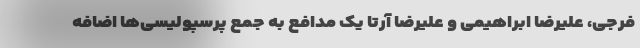
فرجی، علیرضا ابراهیمی و علیرضا آرتا یک مدافع به جمع پرسپولیسی‌ها اضافه